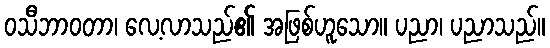
ဝသီဘာဝတာ၊ လေ့လာသည်၏ အဖြစ်ဟူသော။ ပညာ၊ ပညာသည်။